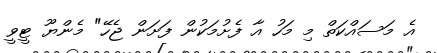
އެ މަސައްކަތް މި މަހު އާ ފެށުމަކުން ފަށަން ޖެހޭ" މެންޔޫ ޓީވީ